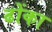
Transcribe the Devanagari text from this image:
ढोंका